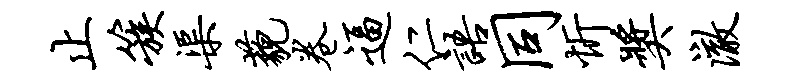
止簇渠藐卷逼仁语同忻奖澈